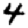
Digit: 4